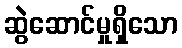
ဆွဲဆောင်မှုရှိသော